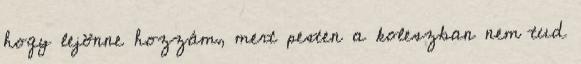
hogy lejönne hozzám, mert pesten a koleszban nem tud